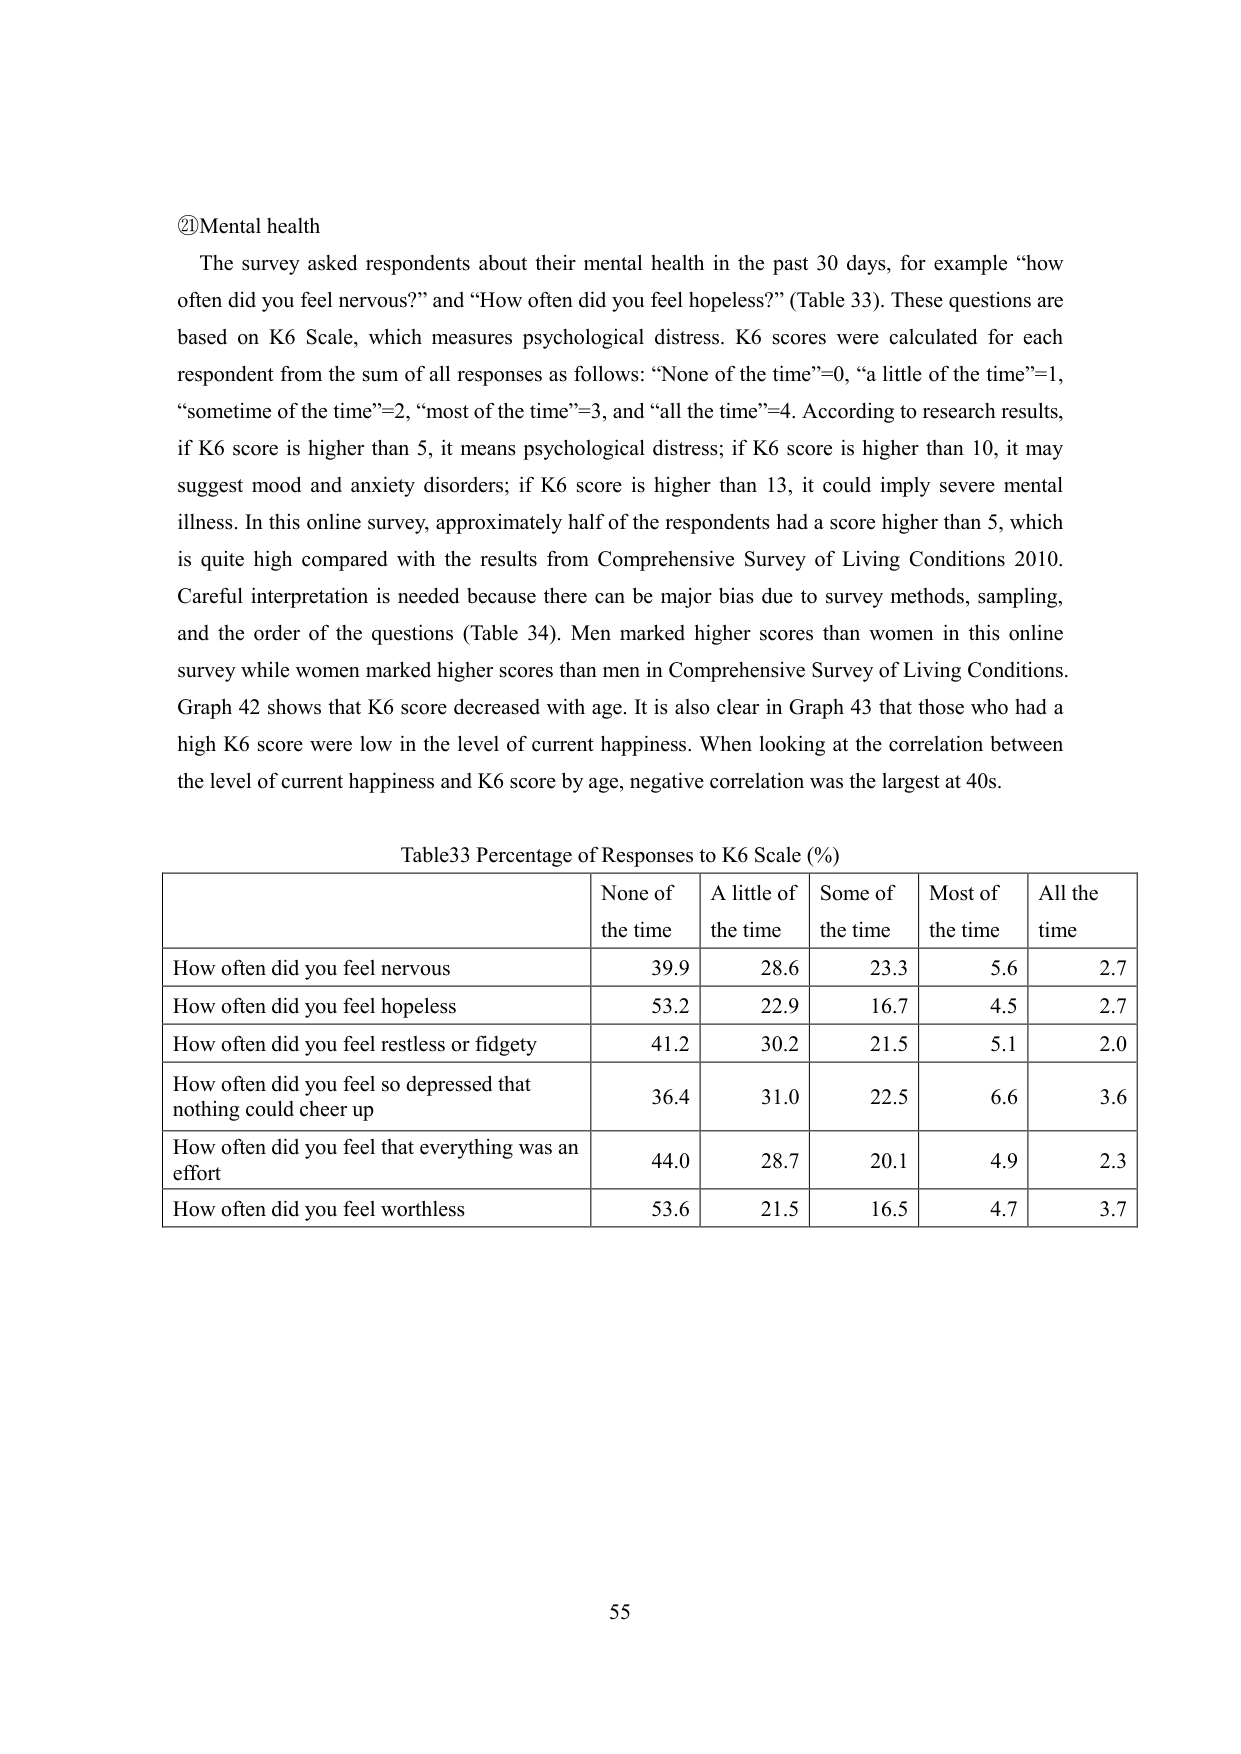
②Mental health
The survey asked respondents about their mental health in the past 30 days, for example “how often did you feel nervous?” and “How often did you feel hopeless?” (Table 33). These questions are based on K6 Scale, which measures psychological distress. K6 scores were calculated for each respondent from the sum of all responses as follows: “None of the time”=0, “a little of the time”=1, “sometime of the time”=2, “most of the time”=3, and “all the time”=4. According to research results, if K6 score is higher than 5, it means psychological distress; if K6 score is higher than 10, it may suggest mood and anxiety disorders; if K6 score is higher than 13, it could imply severe mental illness. In this online survey, approximately half of the respondents had a score higher than 5, which is quite high compared with the results from Comprehensive Survey of Living Conditions 2010. Careful interpretation is needed because there can be major bias due to survey methods, sampling, and the order of the questions (Table 34). Men marked higher scores than women in this online survey while women marked higher scores than men in Comprehensive Survey of Living Conditions. Graph 42 shows that K6 score decreased with age. It is also clear in Graph 43 that those who had a high K6 score were low in the level of current happiness. When looking at the correlation between the level of current happiness and K6 score by age, negative correlation was the largest at 40s.

Table33 Percentage of Responses to K6 Scale (%)
| | None of the time | A little of the time | Some of the time | Most of the time | All the time |
|---|---|---|---|---|---|
| How often did you feel nervous | 39.9 | 28.6 | 23.3 | 5.6 | 2.7 |
| How often did you feel hopeless | 53.2 | 22.9 | 16.7 | 4.5 | 2.7 |
| How often did you feel restless or fidgety | 41.2 | 30.2 | 21.5 | 5.1 | 2.0 |
| How often did you feel so depressed that nothing could cheer up | 36.4 | 31.0 | 22.5 | 6.6 | 3.6 |
| How often did you feel that everything was an effort | 44.0 | 28.7 | 20.1 | 4.9 | 2.3 |
| How often did you feel worthless | 53.6 | 21.5 | 16.5 | 4.7 | 3.7 |

55